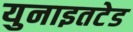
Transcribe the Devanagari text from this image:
युनाइतटेड